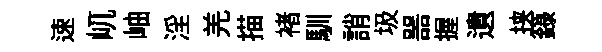
速屼岫淫羌描褚馴誚圾噐握遺挟籙